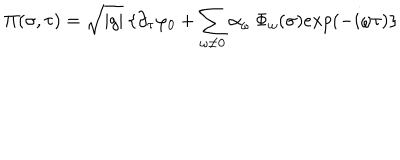
LaTeX: \Pi ( \sigma , \tau ) = \sqrt { \mid g \mid } \: \{ \partial _ { \tau } \varphi _ { 0 } + \sum _ { \omega \neq 0 } \alpha _ { \omega } \: \Phi _ { \omega } ( \sigma ) e x p ( - i \omega \tau ) \}